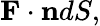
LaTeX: \mathbf{F}\cdot\mathbf{n}dS,